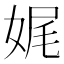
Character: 娓